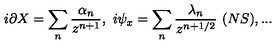
i \partial X = \sum _ { n } { \frac { \alpha _ { n } } { z ^ { n + 1 } } } , \ i \psi _ { x } = \sum _ { n } { \frac { \lambda _ { n } } { z ^ { n + 1 / 2 } } } \ ( N S ) , . . .